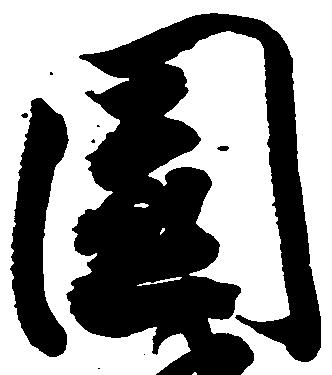
園